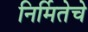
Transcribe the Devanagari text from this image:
निर्मितेचे